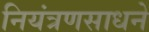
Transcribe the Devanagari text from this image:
नियंत्रणसाधने